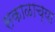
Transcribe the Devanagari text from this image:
सकाळाच्या